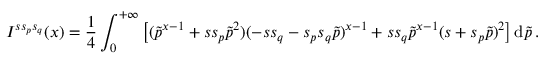
I ^ { s s _ { p } s _ { q } } ( x ) = \frac { 1 } { 4 } \int _ { 0 } ^ { + \infty } \left[ ( { \tilde { p } } ^ { x - 1 } + s s _ { p } { \tilde { p } } ^ { 2 } ) ( - s s _ { q } - s _ { p } s _ { q } \tilde { p } ) ^ { x - 1 } + s s _ { q } { \tilde { p } } ^ { x - 1 } ( s + s _ { p } \tilde { p } ) ^ { 2 } \right] \mathrm { d } { \tilde { p } } \, .